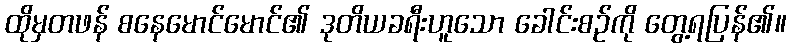
ထိုမှတဖန် စနေမောင်မောင်၏ ဒုတိယခရီးဟူသော ခေါင်းစဉ်ကို တွေ့ရပြန်၏။